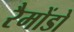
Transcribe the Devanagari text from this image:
रैमोंडो